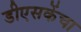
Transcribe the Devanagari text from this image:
डीएसकेंचा